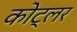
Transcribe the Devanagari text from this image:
कोट्लर